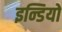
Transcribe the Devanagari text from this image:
इन्डियो